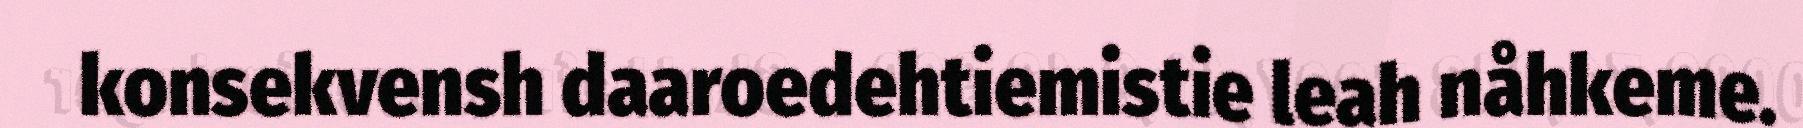
konsekvensh daaroedehtiemistie leah nåhkeme.